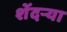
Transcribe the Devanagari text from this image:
शेंदर्‍या